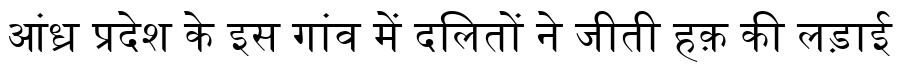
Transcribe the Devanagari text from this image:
आंध्र प्रदेश के इस गांव में दलितों ने जीती हक़ की लड़ाई